Papers set at the Examination for Leaving Certificates, 1892
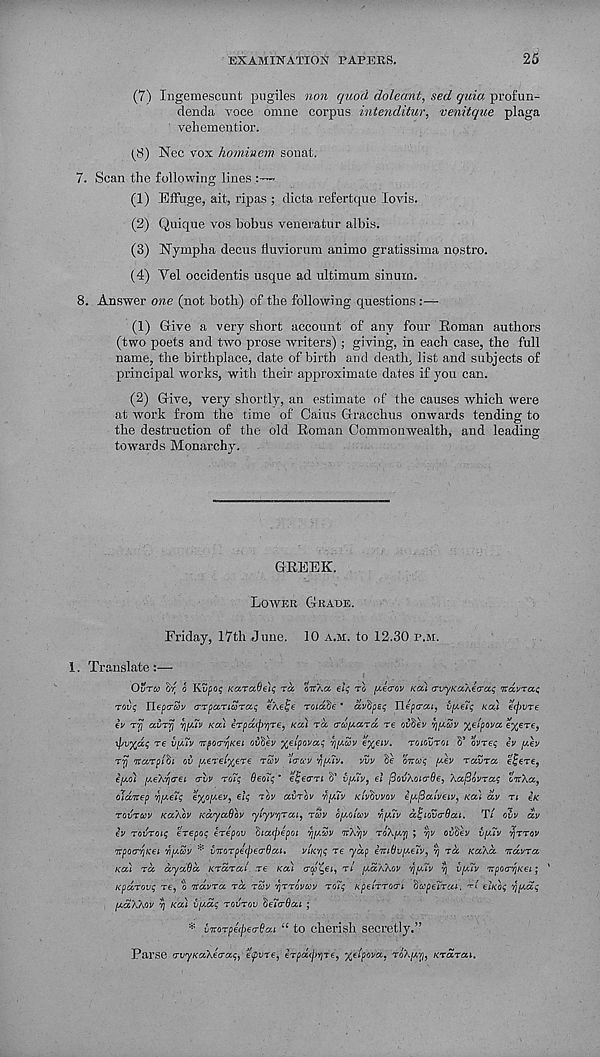
EXAMINATION PAPERS.
25
(7) Ingemescunt pugiles non quod doleant, sed quia, profun-
denda voce omne corpus intenditur, venitque plaga
vehementior.
pS) Nec vox hominem sonat.
7. Scan the following lines
*
(1) EfFuge, ait, ripas ; dicta refertque lovis.
(2) Quique vos bobus veneratur albis.
(3) Nympha decus fluviorum animo gratissima nostro.
(4) Yel occidentis usque ad ultimum sinurn.
8. Answer one (not both) of the following questions :—■
(1) Give a very short account of any four Roman authors
(two poets and two prose writers) ; giving, in each case, the full
name, the birthplace, date of birth and death, list and subjects of
principal works, with their approximate dates if you can.
(2) Give, very shortly, an estimate of the causes which were
at work from the time of Caius Gracchus onwards tending to
the destruction of the old Roman Commonwealth, and leading
towards Monarchy.
GREEK.
LOWER GRADE.
Friday, 17th June. 10 A.M. to 12.30 P.M.
1. Translate:—
OtJTty Or o Ktjpo^ KaraOuq ra oir\a dq TO y-ea-ov KCU TvyKa/dcaq irdvrccq
rovq flopTOjo (TTpaTtaTccq eAetje roiaoe * avdpoq Uepo-oct, vyeTq KCCI etftvre
tv T7j avTrj ri'J.Tv KOI irpaqjypTe, Ka) ra a-u/xard re ovod yyuv yytpova e%0Te,
\pv%dq re vy7v TpocqKOL ovZf-'j y/dpo'ja.q yyav e%€iv. TOIOOTOI V ovTeq iv you
Tyj ocaTplii oi yeretyere rcSv iTo:y yyiv. yvv bo mwq ylv raina efere,
eyol yo'h-qrroL <rlv ro’tq deoTq' eiqvrTi S’ vyh, el fiovAoiaOe, 'AafUuraq oirXco,
oldnep vjyeiq eyoyev, elq TOV CCVTOV 'hyiv KIV^VVOV eyfiatveiv, Keel ay TI eK
TOVTUV KaAov KccyaSoo yiyypTai, ray byo'iuv yyiv dEiovcOai. T/ ovv dv
ev rovroiq erepoq erepov tiarjiepoi vjyuv orA'/jy ToXyri ; yjo oSSey vyTv rjTTov
TporrfjKei riy.wv ¥ vTorpeepea-Oai, viK’qq re yap eTntluyeTv, v) rcc KccXd orayra
KCCL TO. dycc9cc KTCCTCCI re Ka)
'(o, r/ yccXXov yyTv vj vyTv irpOT'rjKei; *
KpaTovq TO, o ndvra TCO rSy pTTevuy Totq KpeiTTCKTi 'bcqpeiTat, TI oiKoq rjyaq
yccXXov Vj Ka) vydq TOTJTOV SeierAa ;
'* virorpeipeo-Pai “ to cherish secretly.”
Parse TvyKaXeaaq, etpvTe,
yelpoya, roXyp, KTCCTCU.